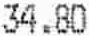
34.80